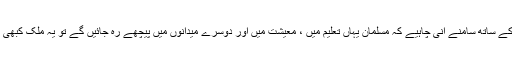
یہ بات پوری قوت کے ساتھ سامنے آنی چاہیے کہ مسلمان یہاں تعلیم میں ، معیشت میں اور دوسرے میدانوں میں پیچھے رہ جائیں گے تو یہ ملک کبھی ترقی نہیں کر سکتا۔